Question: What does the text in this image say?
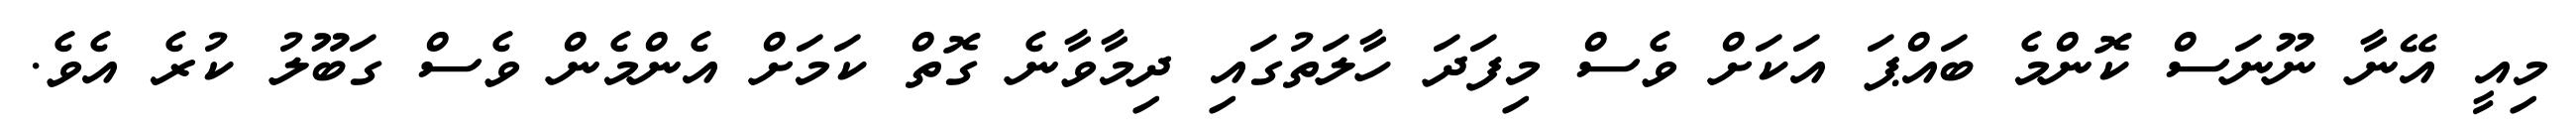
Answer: މިއީ އޭނާ ނޫނަސް ކޮންމެ ބައްޕަ އަކަށް ވެސް މިފަދަ ހާލަތުގައި ދިމާވާނެ ގޮތް ކަމަށް އެންމެން ވެސް ގަބޫލު ކުރެ އެވެ.